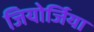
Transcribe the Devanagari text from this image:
जियोर्जिया